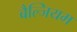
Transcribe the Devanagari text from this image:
बैल्जियम